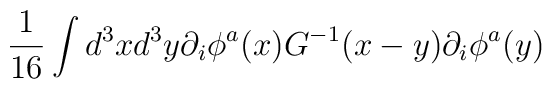
{1\over 16}\int d^{3}xd^{3}y\partial_i\phi^a(x)G^{-1}(x-y)\partial_i\phi^a(y)